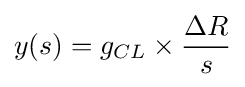
y(s)=g_{CL}\times {\frac {\Delta R}{s}}